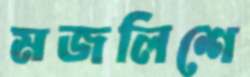
মজলিশে